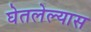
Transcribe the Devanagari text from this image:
घेतलेल्यास